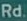
Rd